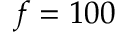
f = 1 0 0